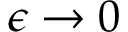
\epsilon \to 0